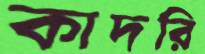
কাদরি